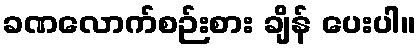
ခဏလောက်စဉ်းစား ချိန် ပေးပါ။